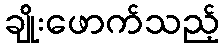
ချိုးဖောက်သည့်